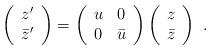
LaTeX: \begin{align*}\left( \begin{array}{c}z^\prime \\\bar z^\prime\end{array} \right) =\left( \begin{array}{cc}u & 0 \\0 & \bar u\end{array} \right)\left( \begin{array}{c}z \\\bar z\end{array} \right)\ . \end{align*}